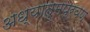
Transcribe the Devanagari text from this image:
अध्यात्मप्रवण